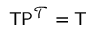
\begin{array} { r } { \mathsf { T } \mathsf { P } ^ { \mathcal { T } } = \mathsf { T } } \end{array}